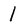
Character: 1